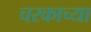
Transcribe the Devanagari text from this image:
चरकाच्या